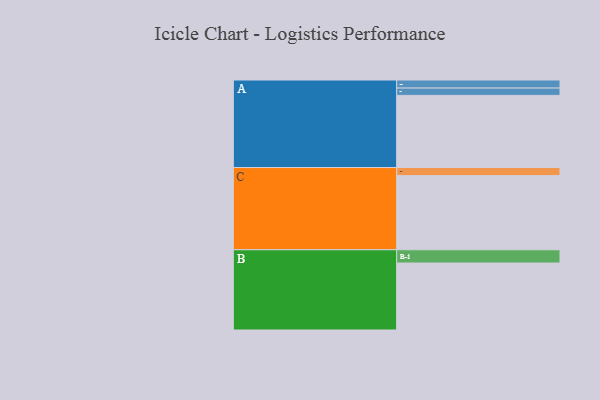
{"axis": {"x": "Segment", "y": "Value"}, "legend": ["", "A", "B", "C"], "data": [{"x": "A", "y": 544, "type": ""}, {"x": "B", "y": 505, "type": ""}, {"x": "C", "y": 559, "type": ""}, {"x": "A-1", "y": 61, "type": "A"}, {"x": "A-2", "y": 55, "type": "A"}, {"x": "B-1", "y": 100, "type": "B"}, {"x": "C-1", "y": 61, "type": "C"}]}